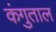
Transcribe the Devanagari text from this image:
कंगुताल